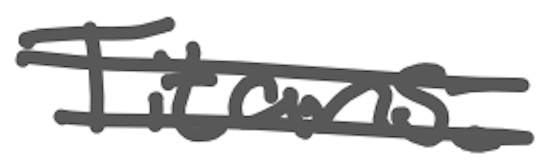
Text: Titans.
Cross-out: double-line
Writing tool: digital_gray